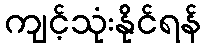
ကျင့်သုံးနိုင်ရန်